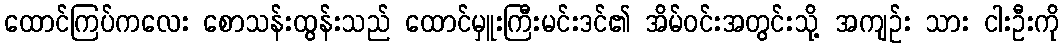
ထောင်ကြပ်ကလေး စောသန်းထွန်းသည် ထောင်မှူးကြီးမင်းဒင်၏ အိမ်ဝင်းအတွင်းသို့ အကျဉ်း သား ငါးဦးကို